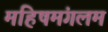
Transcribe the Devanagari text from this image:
महिषमंगलम